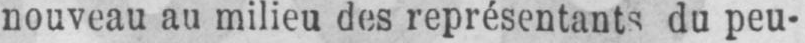
nouveau au milieu des représentants du peu-